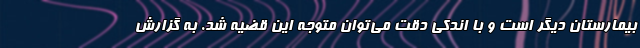
بیمارستان دیگر است و با اندکی دقت می‌توان متوجه این قضیه شد. به گزارش